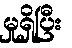
မှုရှိပြီး